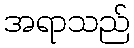
အရာသည်